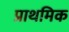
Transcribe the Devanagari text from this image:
प्राथमिक